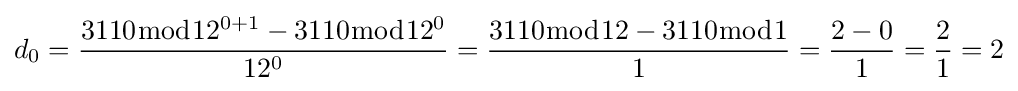
d_{0}={\frac {3110{\bmod {12^{0+1}}}-3110{\bmod {1}}2^{0}}{12^{0}}}={\frac {3110{\bmod {12}}-3110{\bmod {1}}}{1}}={\frac {2-0}{1}}={\frac {2}{1}}=2